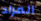
المراد